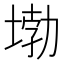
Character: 𡍧